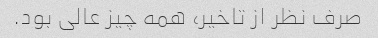
صرف نظر از تاخیر، همه چیز عالی بود.